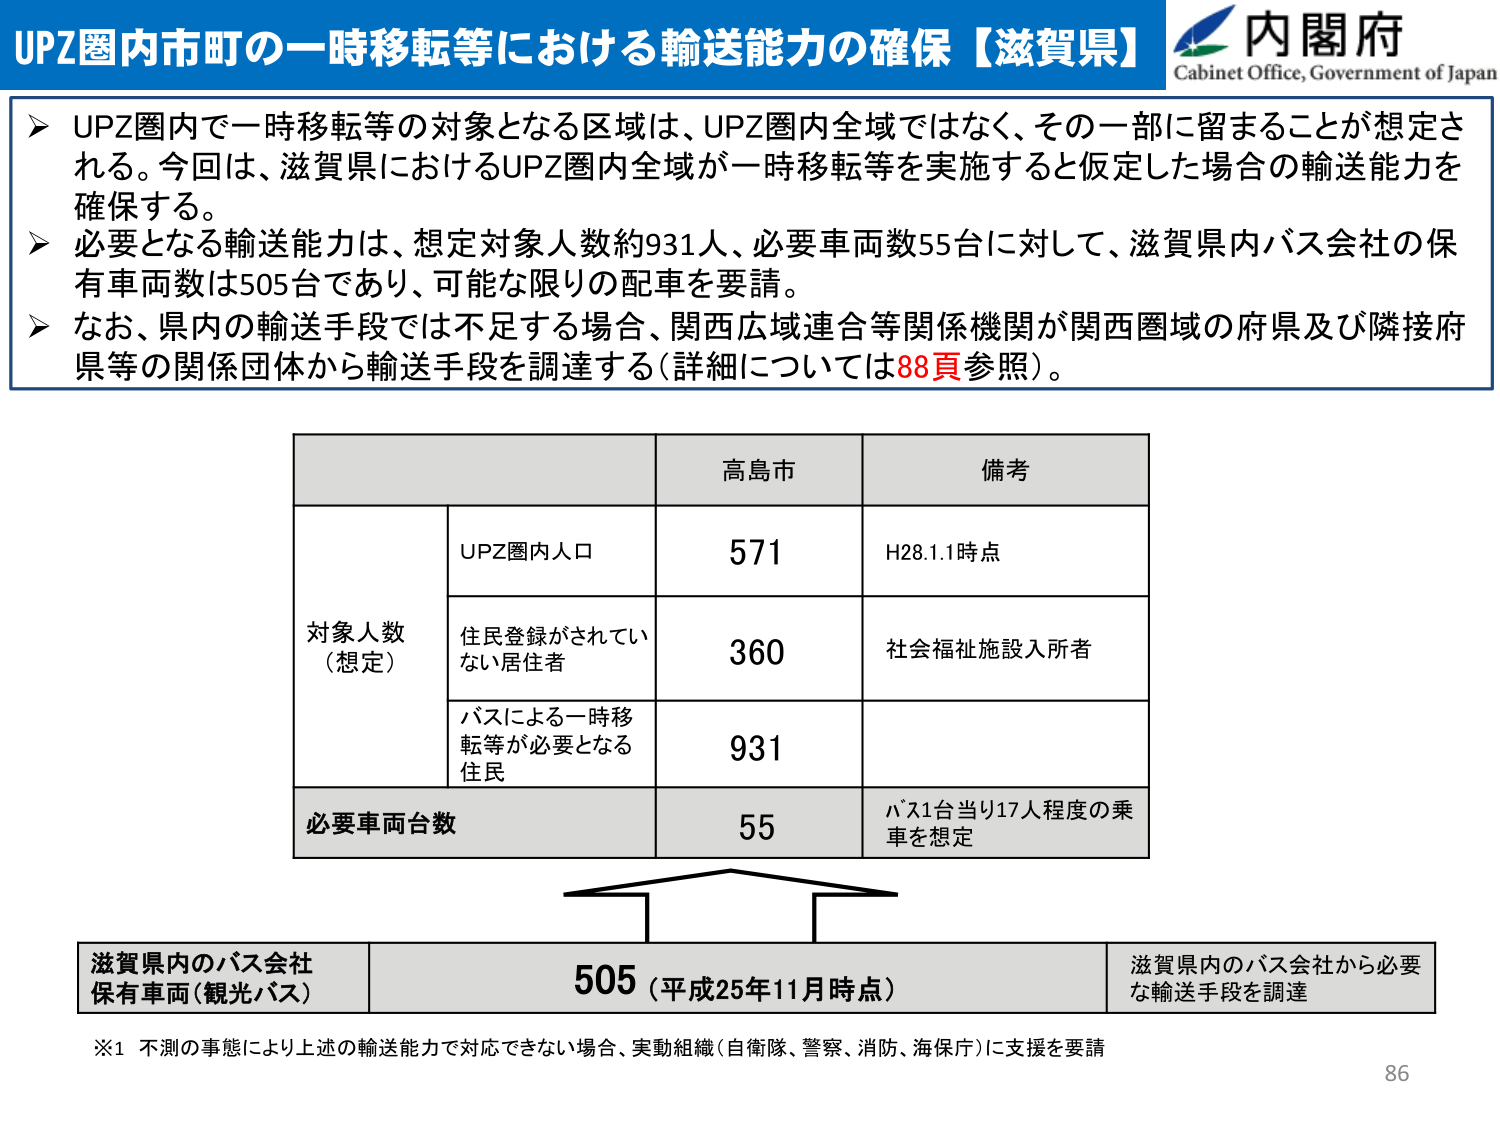
UPZ圏内市町の一時移転等における輸送能力の確保【滋賀県】
内閣府
Cabinet Office, Government of Japan

➤ UPZ圏内で一時移転等の対象となる区域は、UPZ圏内全域ではなく、その一部に留まることが想定される。今回は、滋賀県におけるUPZ圏内全域が一時移転等を実施すると仮定した場合の輸送能力を確保する。
➤ 必要となる輸送能力は、想定対象人数約931人、必要車両数55台に対して、滋賀県内バス会社の保有車両数は505台であり、可能な限りの配車を要請。
➤ なお、県内の輸送手段では不足する場合、関西広域連合等関係機関が関西圏域の府県及び隣接府県等の関係団体から輸送手段を調達する（詳細については88頁参照）。

高島市 備考
対象人数（想定）
　　UPZ圏内人口 571 H28.1.1時点
　　住民登録がされていない居住者 360 社会福祉施設入所者
　　バスによる一時移転等が必要となる住民 931
必要車両台数 55 バス1台当り17人程度の乗車を想定

滋賀県内のバス会社保有車両（観光バス） 505（平成25年11月時点） 滋賀県内のバス会社から必要な輸送手段を調達

※1 不測の事態により上述の輸送能力で対応できない場合、実動組織（自衛隊、警察、消防、海保庁）に支援を要請

86